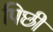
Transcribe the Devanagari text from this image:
पिछी